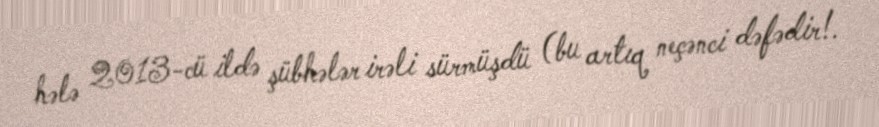
hələ 2013-cü ildə şübhələr irəli sürmüşdü (bu artıq neçənci dəfədir!.